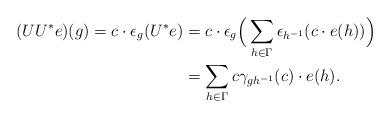
LaTeX: \begin{align*}(UU^*e)(g)=c\cdot \epsilon_g(U^*e) & =c\cdot \epsilon_g\Big(\sum_{h\in \Gamma}\epsilon_{h^{-1}}(c\cdot e(h))\Big) \\ & = \sum_{h\in \Gamma}c\gamma_{gh^{-1}}(c)\cdot e(h).\end{align*}